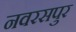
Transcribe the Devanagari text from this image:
नवरसपुर